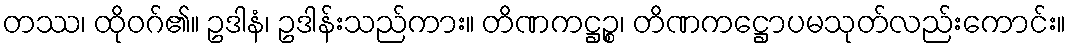
တဿ၊ ထိုဝဂ်၏။ ဥဒါနံ၊ ဥဒါန်းသည်ကား။ တိဏကဋ္ဌဉ္စ၊ တိဏကဋ္ဌောပမသုတ်လည်းကောင်း။